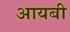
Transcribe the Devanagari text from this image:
आयबी